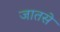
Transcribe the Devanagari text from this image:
जातसे